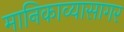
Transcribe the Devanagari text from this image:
मानिकाव्यासागर